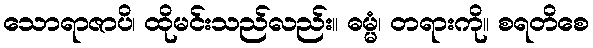
သောရာဇာပိ၊ ထိုမင်းသည်လည်း။ ဓမ္မံ၊ တရားကို။ စရတိစေ